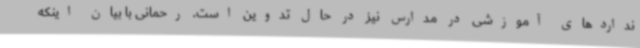
نداردهای آموزشی در مدارس نیز در حال تدوین است. رحمانی با بیان اینکه